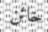
خائن